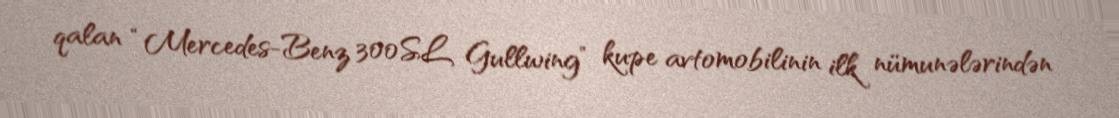
qalan “Mercedes-Benz 300SL Gullwing” kupe avtomobilinin ilk nümunələrindən